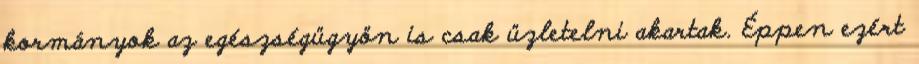
kormányok az egészségügyön is csak üzletelni akartak. Éppen ezért